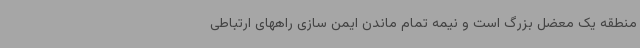
منطقه یک معضل بزرگ است و نیمه تمام ماندن ایمن سازی راههای ارتباطی